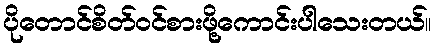
ပိုတောင်စိတ်ဝင်စားဖို့ကောင်းပါသေးတယ်။